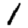
Digit: 1